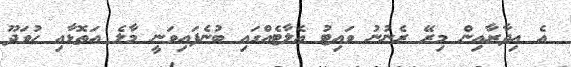
އެ އިދާރާއިން މިރޭ ރެނުނު ވައިޓު އެލާޓެއްގައި ބުނެފައިވަނީ މާލެ އަތޮޅާއި ހުވަދޫ